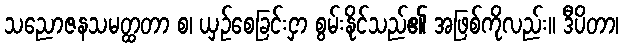
သညောဇနသမတ္ထတာ စ၊ ယှဉ်စေခြင်းငှာ စွမ်းနိုင်သည်၏ အဖြစ်ကိုလည်း။ ဒီပိတာ၊